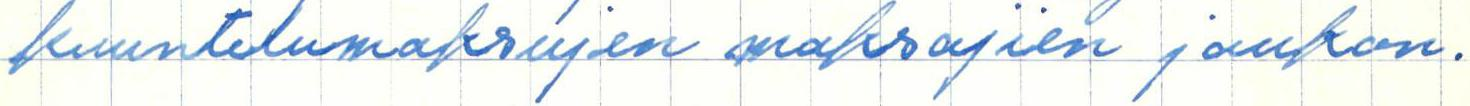
kuuntelumaksujen maksajien joukon.